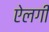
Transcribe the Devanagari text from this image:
ऐलगी